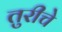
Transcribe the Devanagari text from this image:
तुरीचे